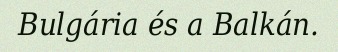
Bulgária és a Balkán.